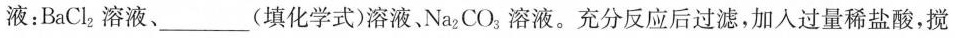
液：BaCl_{2}溶液、___(填化学式)溶液。Na_{2}CO_{3}溶液。充分反应后过滤，加入过量稀盐酸，搅